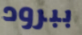
ببرود